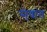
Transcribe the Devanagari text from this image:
से्वांत